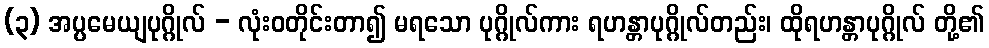
(၃) အပ္ပမေယျပုဂ္ဂိုလ် - လုံးဝတိုင်းတာ၍ မရသော ပုဂ္ဂိုလ်ကား ရဟန္တာပုဂ္ဂိုလ်တည်း၊ ထိုရဟန္တာပုဂ္ဂိုလ် တို့၏